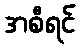
အစီရင်